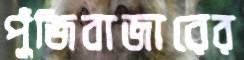
পুঁজিবাজারের